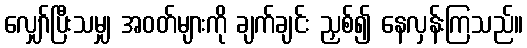
လျှော်ပြီးသမျှ အဝတ်များကို ချက်ချင်း ညှစ်၍ နေလှန်းကြသည်။